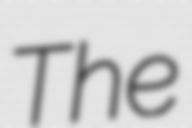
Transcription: The